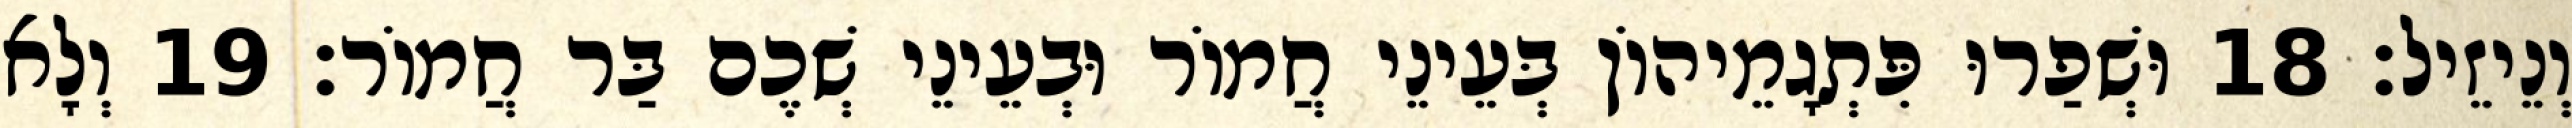
וְנֵיזֵיל׃ 18 וּשְׁפַרוּ פִּתְגָמֵיהוֹן בְּעֵינֵי חֲמוֹר וּבְעֵינֵי שְׁכֶם בַּר חֲמוֹר׃ 19 וְלָא